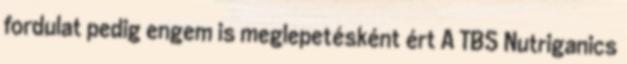
fordulat pedig engem is meglepetésként ért A TBS Nutriganics